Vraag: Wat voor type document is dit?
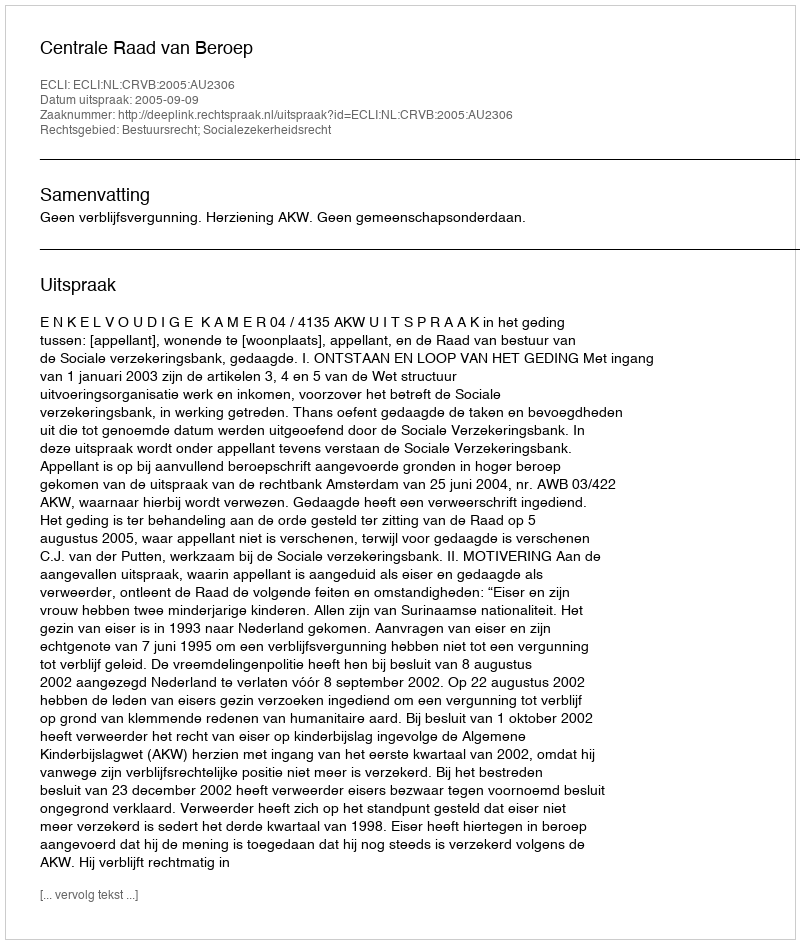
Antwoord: Uitspraak